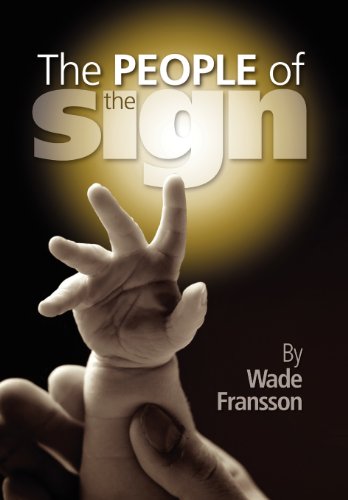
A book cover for The People of the Sign; Wade Fransson; Christian Books & Bibles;